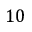
1 0